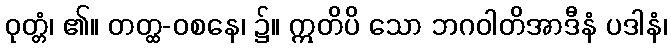
ဝုတ္တံ၊ ၏။ တတ္ထ-ဝစနေ၊ ၌။ ဣတိပိ သော ဘဂဝါတိအာဒီနံ ပဒါနံ၊